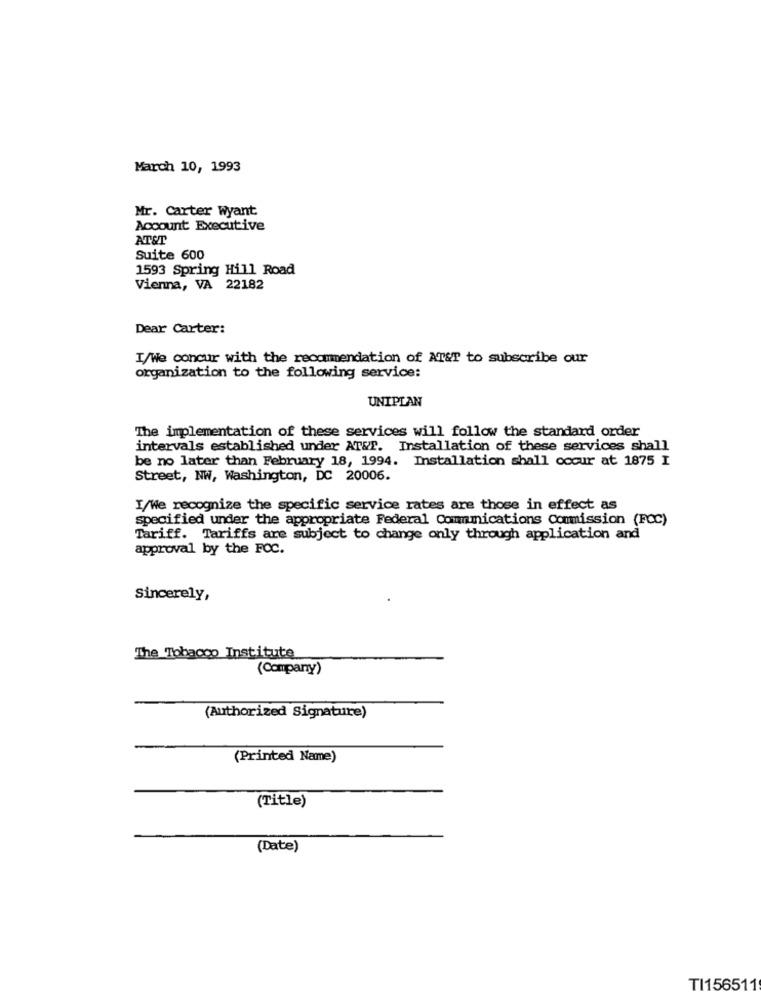
March 10, 1993
Mr. Carter Wyant
Account Executive
AT&T
Suite 600
1593 Spring Hill Road
Vienna, VA 22182
Dear Carter:
I/We concur with the recommendation of AT&T to subscribe our
organization to the following service:
UNIPLAN
The implementation of these services will follow the standard order
intervals established under AT&T. Installation of these services shall
be no later than February 18, 1994. Installation shall occur at 1875 I
Street, NW, Washington, DC 20006.
I/We recognize the specific service rates are those in effect as
specified under the appropriate Federal Communications Commission (FCC)
Tariff. Tariffs are subject to change only through application and
approval by the FOC.
Sincerely,
The Tobacco Institute
(Company)
(Authorized Signature)
(Printed Name)
(Title)
(Date)
TI156511